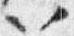
以